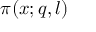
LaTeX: \pi ( x ; q , l )